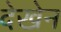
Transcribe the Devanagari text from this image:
देखेन